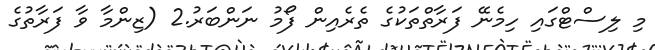
މި ލިސްޓްގައި ހިމެނޭ ފަރާތްތަކުގެ ތެރެއިން ފޯމު ނަންބަރު.2 (ޒިންމާ ވާ ފަރާތުގެ